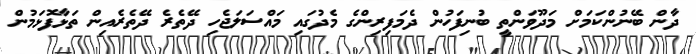
ދާން ބޭނުންކަމަށް މަދޫވަންތީ ބުނިފަހުން ދެމަފިރިންގެ މެދުގައި މައްސަލަޖެހި ދޭތެރެ ދޭތެރެއިން ތަޅާފޮޅަމުން